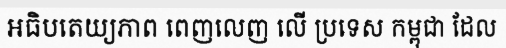
អធិបតេយ្យភាព ពេញលេញ លើ ប្រទេស កម្ពុជា ដែល